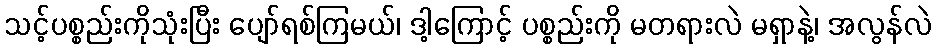
သင့်ပစ္စည်းကိုသုံးပြီး ပျော်ရစ်ကြမယ်၊ ဒါ့ကြောင့် ပစ္စည်းကို မတရားလဲ မရှာနဲ့၊ အလွန်လဲ